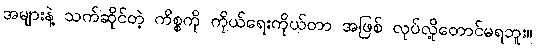
အများနဲ့ သက်ဆိုင်တဲ့ ကိစ္စကို ကိုယ်ရေးကိုယ်တာ အဖြစ် လုပ်လို့တောင်မရဘူး။